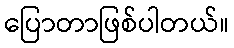
ပြောတာဖြစ်ပါတယ်။